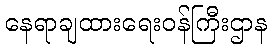
နေရာချထားရေးဝန်ကြီးဌာန